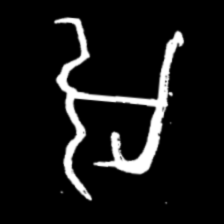
Pyu character \u2014 Myanmar letter: အ (romanized: a)